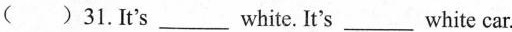
( )31.It's___white. It's___white car.